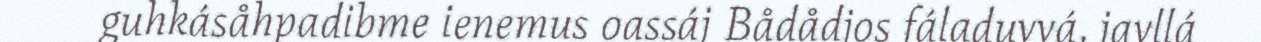
guhkásåhpadibme ienemus oassáj Bådådjos fáladuvvá, javllá